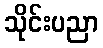
သိုင်းပညာ